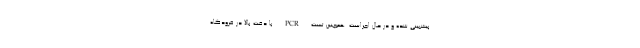
پیشبینی شده و در حال اجراست. همچنین تست PCR با دقت بالا در فرودگاه